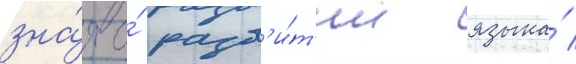
зна́я о́ разв'и́т'ии языка́